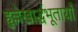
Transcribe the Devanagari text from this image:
हृल्लेखार्द्धभूतायाँ